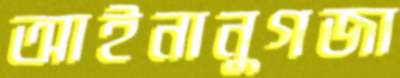
আইনানুগজা